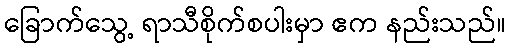
ခြောက်သွေ့ ရာသီစိုက်စပါးမှာ ဧက နည်းသည်။